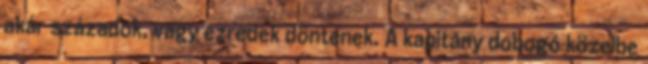
akár századok, vagy ezredek döntenek. A kapitány dobogó közelbe